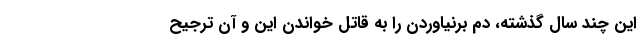
این چند سال گذشته، دم برنیاوردن را به قاتل خواندن این و آن ترجیح